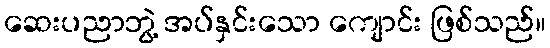
ဆေးပညာဘွဲ့ အပ်နှင်းသော ကျောင်း ဖြစ်သည်။